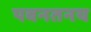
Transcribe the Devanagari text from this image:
पवनतनय